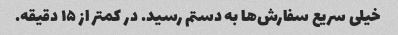
خیلی سریع سفارش‌ها به دستم رسید. در کمتر از ۱۵ دقیقه.